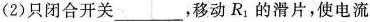
(2)只闭合开关___，移动R_{1}的滑片，使电流表